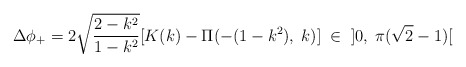
\begin{align*}\Delta\phi_+=2\sqrt{\frac{2-k^2}{1-k^2}}[K(k)-\Pi(-(1-k^2),\;k)]\;\in\;\;]0,\;\pi(\sqrt{2}-1)[\end{align*}